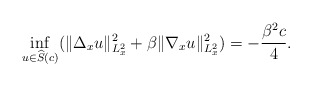
\begin{align*}\inf_{u\in\widehat{S}(c)}(\|\Delta_{x}u\|_{L_x^2}^2+\beta\|\nabla_x u\|_{L_x^2}^2)=-\frac{\beta^2c}{4}.\end{align*}